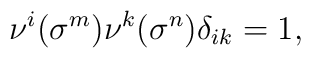
\nu^i(\sigma^m)\nu^k(\sigma^n)\delta_{ik} =1,~~